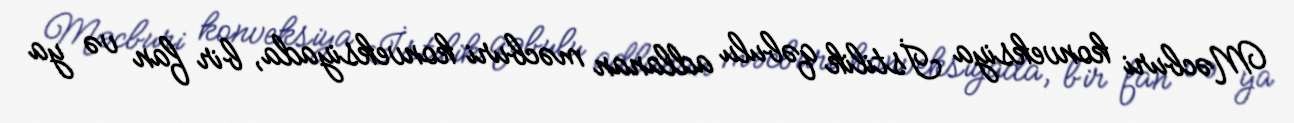
Məcburi konveksiya İstilik qəbulu adlanan məcburi konveksiyada, bir fan və ya